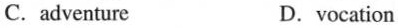
C.adventure